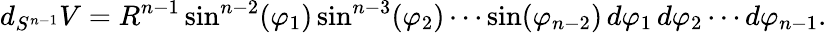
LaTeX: d_{S^{n-1}}V=R^{n-1}\sin^{n-2}(\varphi_{1})\sin^{n-3}(\varphi_{2})\cdots\sin(\varphi_{n-2})\, d\varphi_{1}\, d\varphi_{2}\cdots d\varphi_{n-1}.